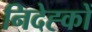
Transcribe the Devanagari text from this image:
निदेह्कों